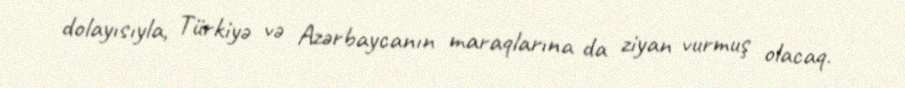
dolayısıyla, Türkiyə və Azərbaycanın maraqlarına da ziyan vurmuş olacaq.